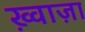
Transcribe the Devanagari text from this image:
ख़्वाज़ा